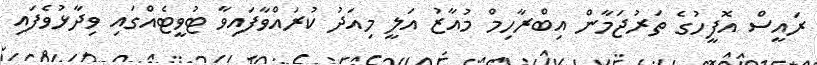
ރައީސް އޮފީހުގެ ތަރުޖަމާން އިބްރާހިމް މުއާޒު އަލީ މިއަދު ކުރައްވާފައިވާ ޓުވީޓެއްގައި ވިދާޅުވެފައި